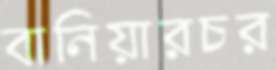
বানিয়ারচর